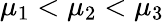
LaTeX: \mu_{1}<\mu_{2}<\mu_{3}